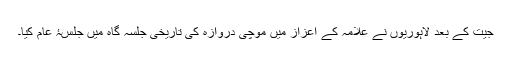
جیت کے بعد لاہوریوں نے علامہ کے اعزاز میں موچی دروازہ کی تاریخی جلسہ گاہ میں جلسۂ عام کیا۔